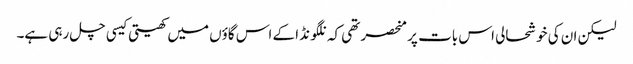
لیکن ان کی خوشحالی اس بات پر منحصر تھی کہ نلگونڈا کے اس گاؤں میں کھیتی کیسی چل رہی ہے۔